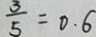
\frac { 3 } { 5 } = 0 . 6